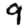
Digit: 9